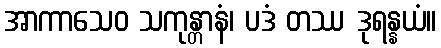
အာကာသေဝ သကုန္တာနံ၊ ပဒံ တဿ ဒုရန္နယံ။